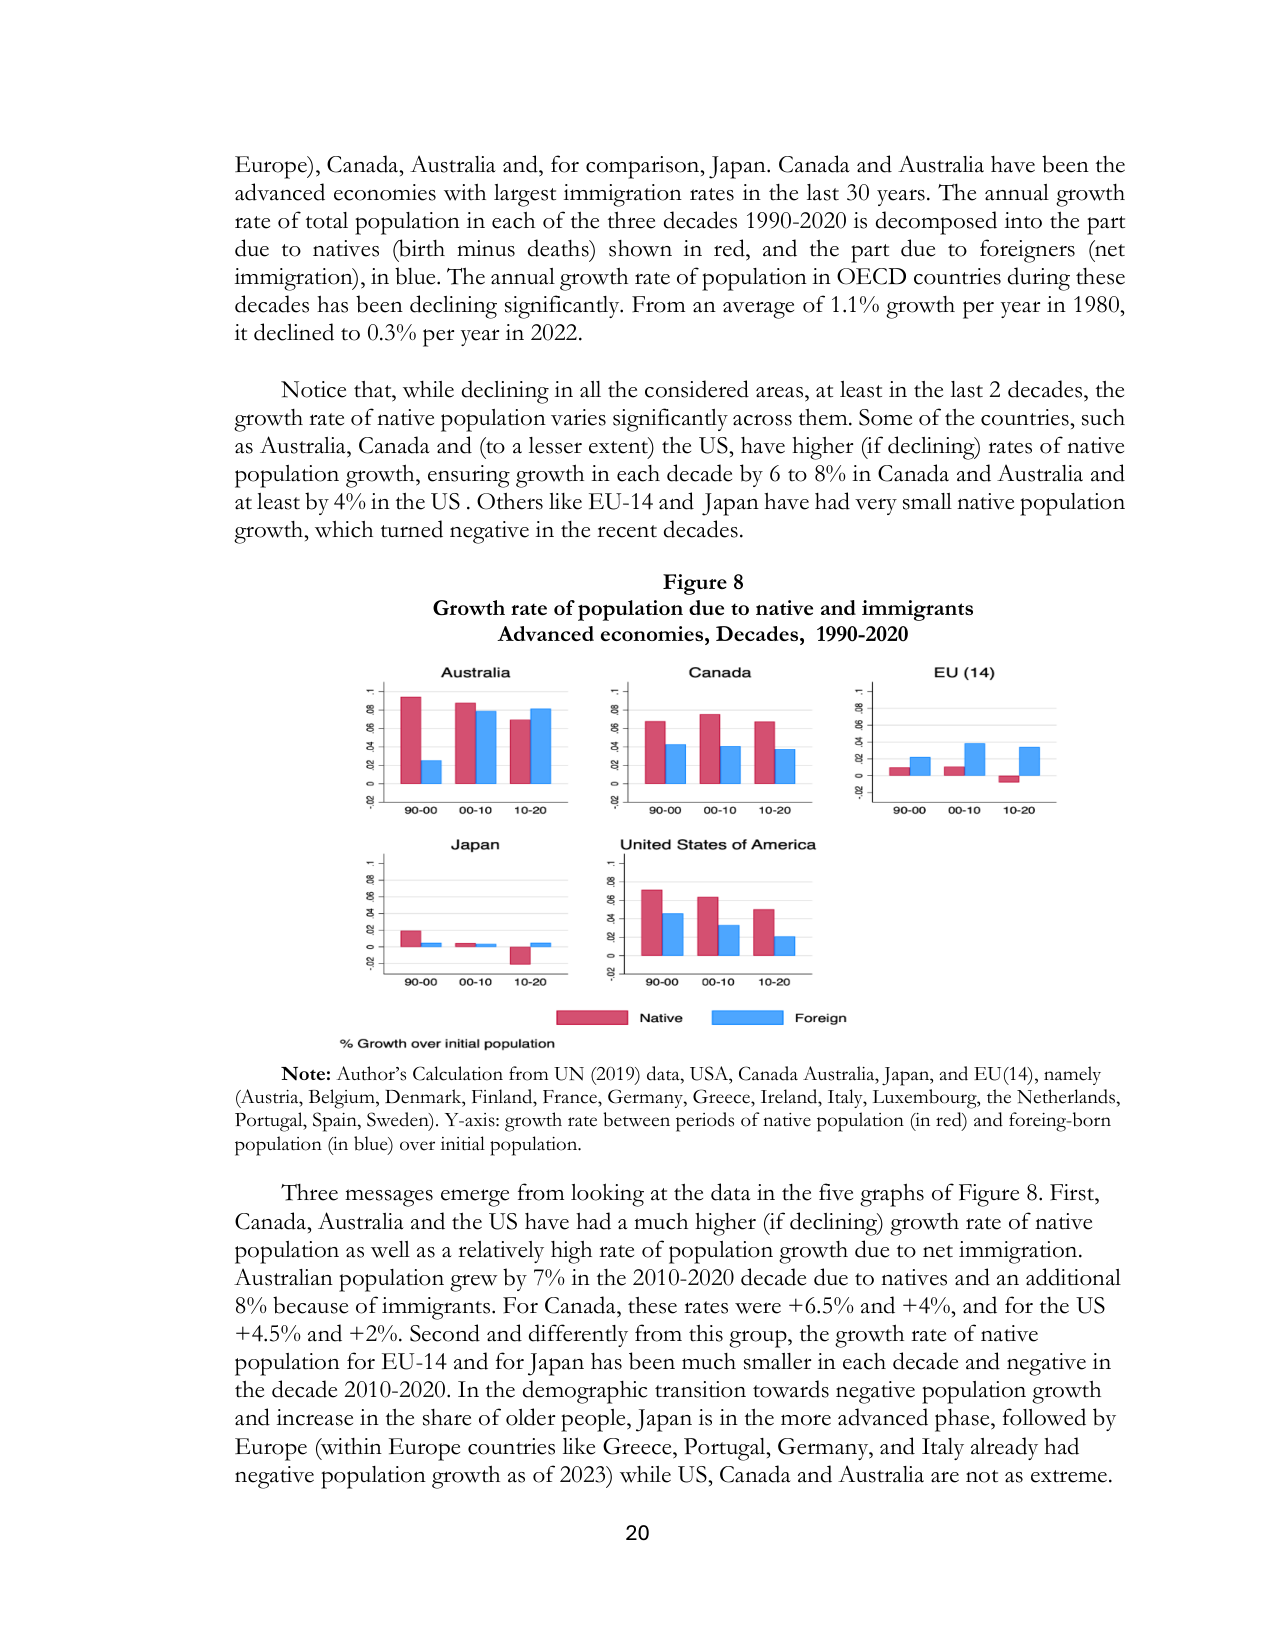
Europe), Canada, Australia and, for comparison, Japan. Canada and Australia have been the advanced economies with largest immigration rates in the last 30 years. The annual growth rate of total population in each of the three decades 1990-2020 is decomposed into the part due to natives (birth minus deaths) shown in red, and the part due to foreigners (net immigration), in blue. The annual growth rate of population in OECD countries during these decades has been declining significantly. From an average of 1.1% growth per year in 1980, it declined to 0.3% per year in 2022.

Notice that, while declining in all the considered areas, at least in the last 2 decades, the growth rate of native population varies significantly across them. Some of the countries, such as Australia, Canada and (to a lesser extent) the US, have higher (if declining) rates of native population growth, ensuring growth in each decade by 6 to 8% in Canada and Australia and at least by 4% in the US. Others like EU-14 and Japan have had very small native population growth, which turned negative in the recent decades.

Figure 8
Growth rate of population due to native and immigrants
Advanced economies, Decades, 1990-2020

Australia
Canada
EU (14)
Japan
United States of America

% Growth over initial population
Native
Foreign

Note: Author’s Calculation from UN (2019) data, USA, Canada Australia, Japan, and EU(14), namely (Austria, Belgium, Denmark, Finland, France, Germany, Greece, Ireland, Italy, Luxembourg, the Netherlands, Portugal, Spain, Sweden). Y-axis: growth rate between periods of native population (in red) and foreign-born population (in blue) over initial population.

Three messages emerge from looking at the data in the five graphs of Figure 8. First, Canada, Australia and the US have had a much higher (if declining) growth rate of native population as well as a relatively high rate of population growth due to net immigration. Australian population grew by 7% in the 2010-2020 decade due to natives and an additional 8% because of immigrants. For Canada, these rates were +6.5% and +4%, and for the US +4.5% and +2%. Second and differently from this group, the growth rate of native population for EU-14 and for Japan has been much smaller in each decade and negative in the decade 2010-2020. In the demographic transition towards negative population growth and increase in the share of older people, Japan is in the more advanced phase, followed by Europe (within Europe countries like Greece, Portugal, Germany, and Italy already had negative population growth as of 2023) while US, Canada and Australia are not as extreme.

20